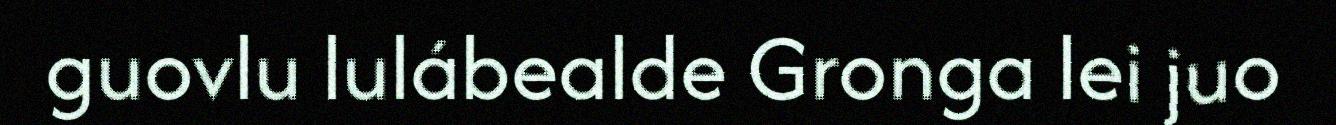
guovlu lulábealde Gronga lei juo